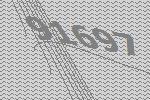
91697